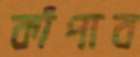
কাঁপাব